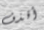
أقذف